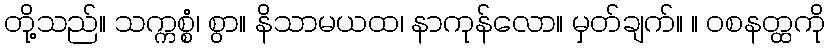
တို့သည်။ သက္ကစ္စံ၊ စွာ။ နိသာမယထ၊ နာကုန်လော။ မှတ်ချက်။ ။ ဝစနတ္ထကို